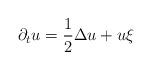
LaTeX: \begin{align*}\partial_t u=\frac{1}{2}\Delta u +u \xi\end{align*}